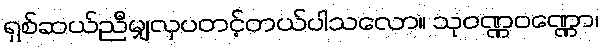
ရှစ်ဆယ်ညီမျှလှပတင့်တယ်ပါသလော။ သုဝဏ္ဏဝဏ္ဏော၊